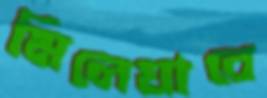
মিলেযাবে